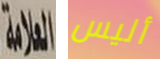
العلامة أليس